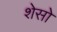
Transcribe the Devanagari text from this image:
शेसो